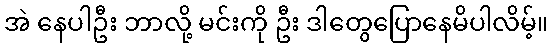
အဲ နေပါဦး ဘာလို့ မင်းကို ဦး ဒါတွေပြောနေမိပါလိမ့်။